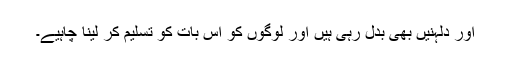
اور دلہنیں بھی بدل رہی ہیں اور لوگوں کو اس بات کو تسلیم کر لینا چاہیے۔